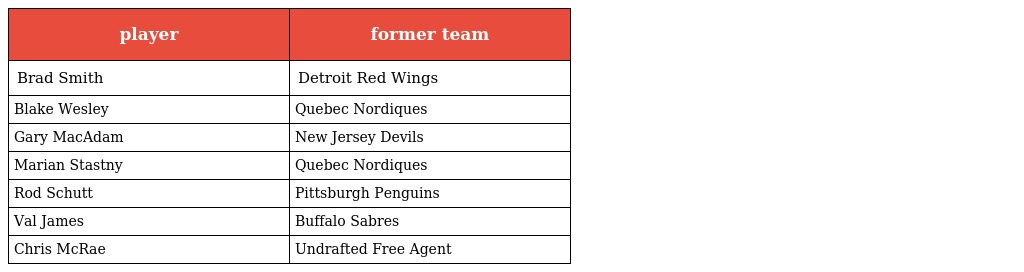
| player | former team |
 | --- | --- |
 | Brad Smith | Detroit Red Wings |
 | Blake Wesley | Quebec Nordiques |
 | Gary MacAdam | New Jersey Devils |
 | Marian Stastny | Quebec Nordiques |
 | Rod Schutt | Pittsburgh Penguins |
 | Val James | Buffalo Sabres |
 | Chris McRae | Undrafted Free Agent |